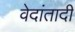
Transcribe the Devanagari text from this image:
वेदांतादी